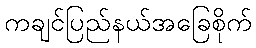
ကချင်ပြည်နယ်အခြေစိုက်